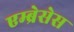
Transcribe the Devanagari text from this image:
एम्ब्रेसेस